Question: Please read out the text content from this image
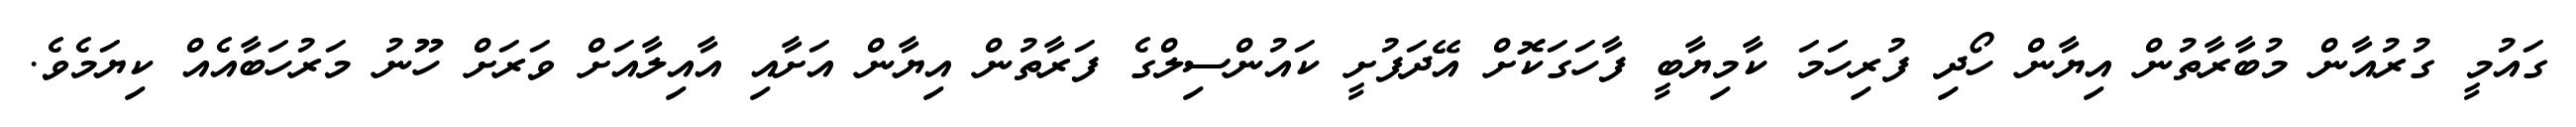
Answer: ގައުމީ ގުރުއާން މުބާރާތުން އިޔާން ހޯދި ފުރިހަމަ ކާމިޔާބީ ފާހަގަކޮށް އޭދަފުށީ ކައުންސިލްގެ ފަރާތުން އިޔާން އަށާއި އާއިލާއަށް ވަރަށް ހޫނު މަރުހަބާއެއް ކިޔަމެވެ.